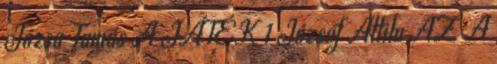
Józsa Tamás A JÁTÉK 1 József Attila AZ A